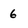
Character: 6